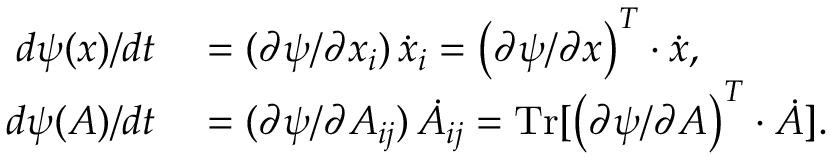
\begin{array} { r l } { d \psi ( x ) / d t } & { { } = ( \partial \psi / \partial x _ { i } ) \, \dot { x } _ { i } = \left( \partial \psi / \partial x \right) ^ { T } \cdot \dot { x } , } \\ { d \psi ( A ) / d t } & { { } = ( \partial \psi / \partial A _ { i j } ) \, \dot { A } _ { i j } = \operatorname * { T r } [ \left( \partial \psi / \partial A \right) ^ { T } \cdot \dot { A } ] . } \end{array}